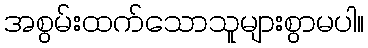
အစွမ်းထက်သောသူများစွာမပါ။